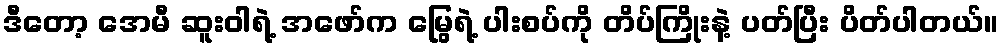
ဒီတော့ အေမီ ဆူးဝါရဲ့ အဖော်က မြွေရဲ့ ပါးစပ်ကို တိပ်ကြိုးနဲ့ ပတ်ပြီး ပိတ်ပါတယ်။